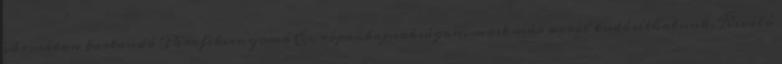
városában tartandó Parafekvenyomó Európa-bajnokságon, most már arról tudósíthatunk, Kiváló